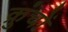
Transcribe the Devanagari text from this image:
क्रुंचों